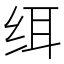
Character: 䌺